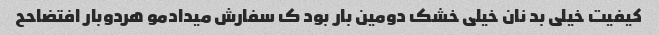
کیفیت خیلی بد نان خیلی خشک دومین بار بود ک سفارش میدادمو هردوبار افتضاحح